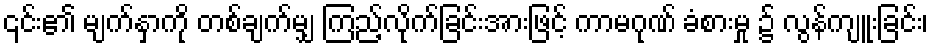
၎င်း၏ မျက်နှာကို တစ်ချက်မျှ ကြည့်လိုက်ခြင်းအားဖြင့် ကာမဂုဏ် ခံစားမှု ၌ လွန်ကျူးခြင်း၊